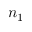
n _ { 1 }